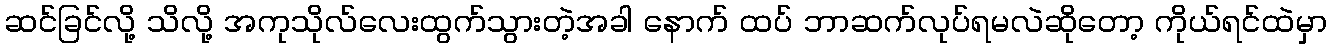
ဆင်ခြင်လို့ သိလို့ အကုသိုလ်လေးထွက်သွားတဲ့အခါ နောက် ထပ် ဘာဆက်လုပ်ရမလဲဆိုတော့ ကိုယ်ရင်ထဲမှာ